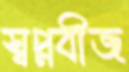
স্বপ্নবীজ